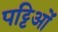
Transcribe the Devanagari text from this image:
पट्टिओं